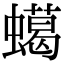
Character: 䗶